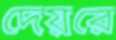
দেয়রে